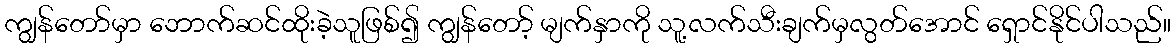
ကျွန်တော်မှာ ဘောက်ဆင်ထိုးခဲ့သူဖြစ်၍ ကျွန်တော့် မျက်နှာကို သူ့လက်သီးချက်မှလွတ်အောင် ရှောင်နိုင်ပါသည်။